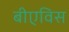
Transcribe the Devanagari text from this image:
बीएविस